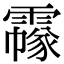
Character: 𩅲